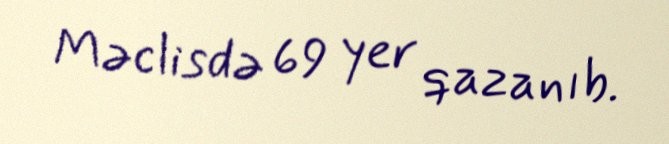
Məclisdə 69 yer qazanıb.